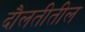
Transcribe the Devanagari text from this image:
दौलतीतील